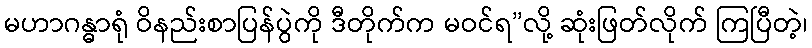
မဟာဂန္ဓာရုံ ဝိနည်းစာပြန်ပွဲကို ဒီတိုက်က မဝင်ရ”လို့ ဆုံးဖြတ်လိုက် ကြပြီတဲ့၊